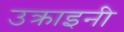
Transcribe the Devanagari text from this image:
उक्राइनी